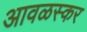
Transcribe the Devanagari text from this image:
आवळस्कर